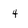
Character: 4